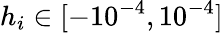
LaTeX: h_{i}\in[-10^{-4},10^{-4}]